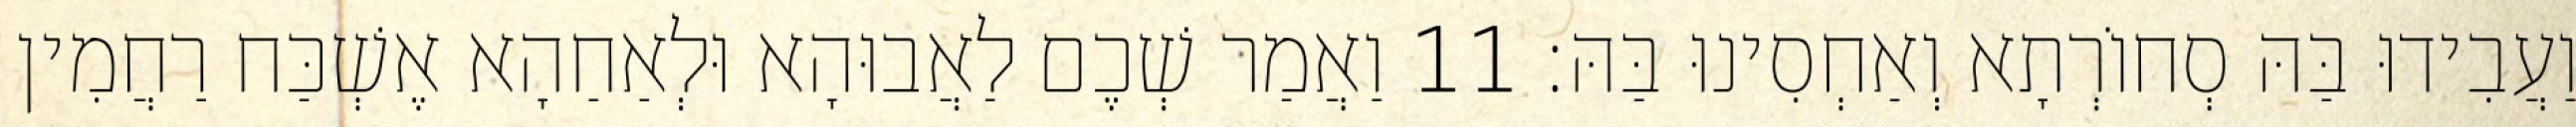
וַעֲבִידוּ בַּהּ סְחוֹרְתָא וְאַחְסִינוּ בַּהּ׃ 11 וַאֲמַר שְׁכֶם לַאֲבוּהָא וּלְאַחַהָא אֶשְׁכַּח רַחֲמִין